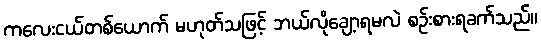
ကလေးငယ်တစ်ယောက် မဟုတ်သဖြင့် ဘယ်လိုချော့ရမလဲ စဉ်းစားရခက်သည်။